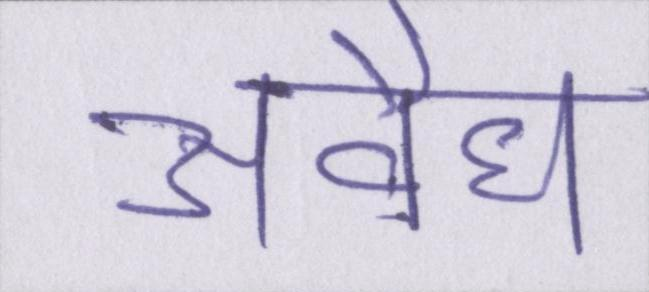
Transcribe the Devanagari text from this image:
अवैध